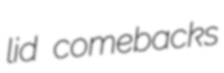
lid comebacks